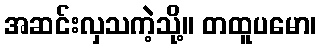
အဆင်းလှသကဲ့သို့။ တထူပမော၊